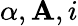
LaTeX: \alpha,\mathbf{A},i